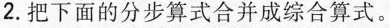
2.把下面的分步算式合并成综合算式。